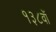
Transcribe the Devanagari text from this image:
१३८वॉ